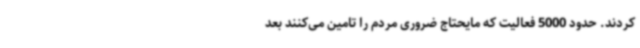
کردند. حدود 5000 فعالیت که مایحتاج ضروری مردم را تامین می‌کنند بعد